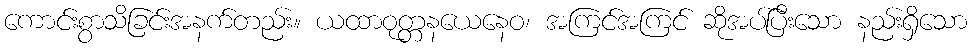
ကောင်းစွာသိခြင်းအနက်တည်း။ ယထာဝုတ္တနယေနေဝ၊ အကြင်အကြင် ဆိုအပ်ပြီးသော နည်းရှိသော